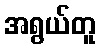
အရွယ်တူ